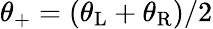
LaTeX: \theta_{+}=\left(\theta_{\mathrm{L}}+\theta_{\mathrm{R}}\right)/2